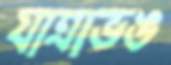
যাত্রাভঙ